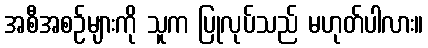
အစီအစဉ်များကို သူက ပြုလုပ်သည် မဟုတ်ပါလား။